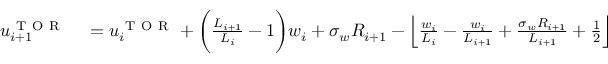
\begin{array} { r l } { u _ { i + 1 } ^ { \mathrm { ~ T ~ O ~ R ~ } } } & { { } = u _ { i } ^ { \mathrm { ~ T ~ O ~ R ~ } } + \bigg ( \frac { L _ { i + 1 } } { L _ { i } } - 1 \bigg ) w _ { i } + \sigma _ { w } R _ { i + 1 } - \left\lfloor \frac { w _ { i } } { L _ { i } } - \frac { w _ { i } } { L _ { i + 1 } } + \frac { \sigma _ { w } R _ { i + 1 } } { L _ { i + 1 } } + \frac { 1 } { 2 } \right\rfloor L _ { i + 1 } \, . } \end{array}